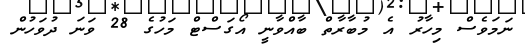
ނަމަވެސް މިހާރު އެ މުބާރާތް ބާއްވާނީ އޯގަސްޓް މަހުގެ 28 ވަނަ ދުވަހުން